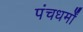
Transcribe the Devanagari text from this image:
पंचधर्मों